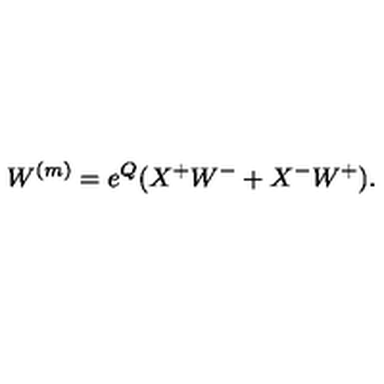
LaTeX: W ^ { ( m ) } = e ^ { Q } ( X ^ { + } W ^ { - } + X ^ { - } W ^ { + } ) .